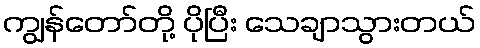
ကျွန်တော်တို့ ပိုပြီး သေချာသွားတယ်